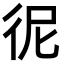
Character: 𢓚